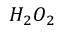
H _ { 2 } O _ { 2 }